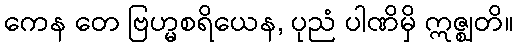
ကေန တေ ဗြဟ္မစရိယေန, ပုညံ ပါဏိမှိ ဣဇ္ဈတိ။